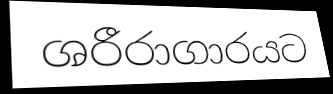
ශරීරාගාරයට